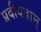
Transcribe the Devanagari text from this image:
प्रदीयताम्